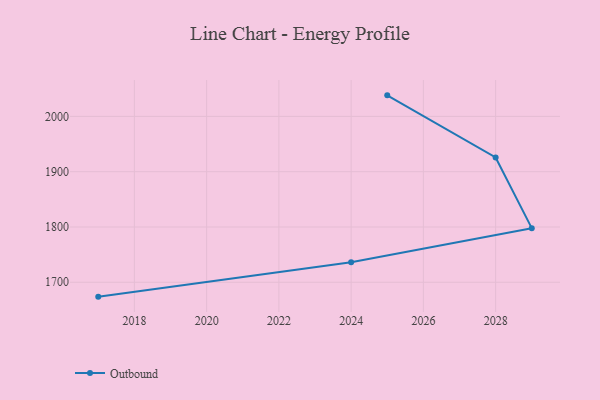
{"axis": {"x": "Year", "y": "Gross Profit (USD K)"}, "legend": ["Outbound"], "data": [{"x": "2017", "y": 1674.0, "type": "Outbound"}, {"x": "2024", "y": 1736.4, "type": "Outbound"}, {"x": "2029", "y": 1797.9, "type": "Outbound"}, {"x": "2028", "y": 1925.7, "type": "Outbound"}, {"x": "2025", "y": 2038.1, "type": "Outbound"}]}